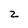
Character: z